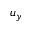
u _ { y }